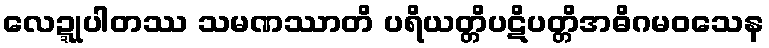
လေဍ္ဍုပါတဿ သမဏဿာတိ ပရိယတ္တိပဋိပတ္တိအဓိဂမဝသေန